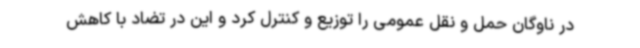
در ناوگان حمل و نقل عمومی را توزیع و کنترل کرد و این در تضاد با کاهش